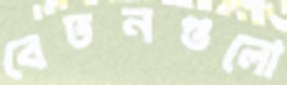
বেতনগুলো